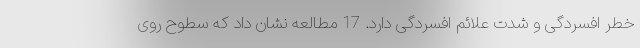
خطر افسردگی و شدت علائم افسردگی دارد. 17 مطالعه نشان داد که سطوح روی